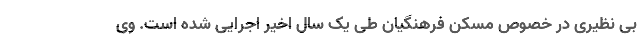
بی نظیری در خصوص مسکن فرهنگیان طی یک سال اخیر اجرایی شده است. وی